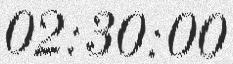
02:30:00